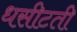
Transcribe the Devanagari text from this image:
धसीटती